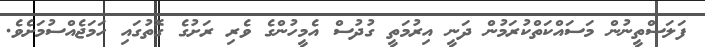
ފަލަސްތީނުން މަސައްކަތްކުރަމުން ދަނީ އިރުމަތީ ގުދުސް އެމީހުންގެ ވެރި ރަށުގެ ގޮތުގައި ހަމަޖެއްސުމަށެވެ.